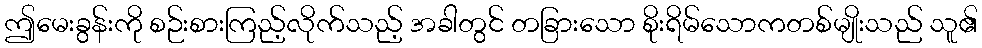
ဤမေးခွန်းကို စဉ်းစားကြည့်လိုက်သည့် အခါတွင် တခြားသော စိုးရိမ်သောကတစ်မျိုးသည် သူ၏